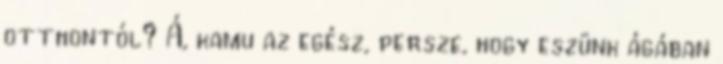
otthontól? Á, kamu az egész, persze, hogy eszünk ágában